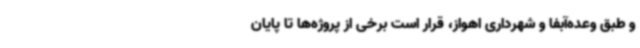
و طبق وعده‌آبفا و شهرداری اهواز، قرار است برخی از پروژه‌ها تا پایان